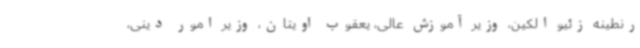
رنطینه زئیو الکین، وزیر آموزش عالی، یعقوب اویتان، وزیر امور دینی،